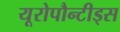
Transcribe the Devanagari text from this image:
यूरोपौन्टीड्स